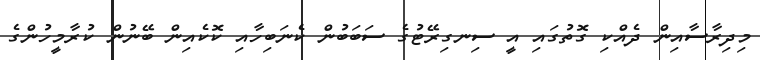
މިދިރާސާއިން ދެއްކި ގޮތުގައި އީ ސިނގިރޭޓުގެ ސަބަބުން ކެނަބިހާއި ކޮކެއިން ބޭނުން ކުރާމީހުންގެ